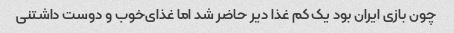
چون بازی ایران بود یک کم غذا دیر حاضر شد اما غذای‌خوب و دوست داشتنی